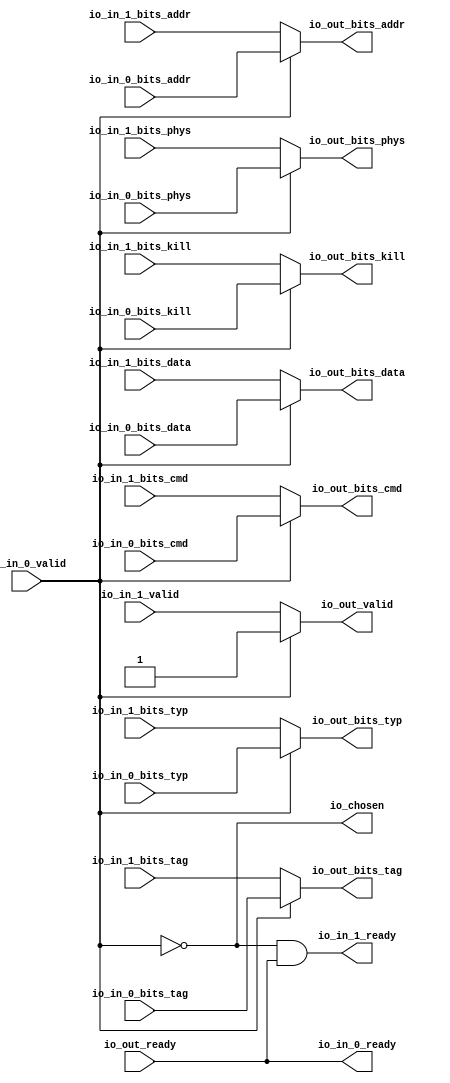
// This program was cloned from: https://github.com/NYU-MLDA/OpenABC
// License: BSD 3-Clause "New" or "Revised" License

module Arbiter_5
(
  io_in_1_ready,
  io_in_1_valid,
  io_in_1_bits_addr,
  io_in_1_bits_tag,
  io_in_1_bits_cmd,
  io_in_1_bits_typ,
  io_in_1_bits_kill,
  io_in_1_bits_phys,
  io_in_1_bits_data,
  io_in_0_ready,
  io_in_0_valid,
  io_in_0_bits_addr,
  io_in_0_bits_tag,
  io_in_0_bits_cmd,
  io_in_0_bits_typ,
  io_in_0_bits_kill,
  io_in_0_bits_phys,
  io_in_0_bits_data,
  io_out_ready,
  io_out_valid,
  io_out_bits_addr,
  io_out_bits_tag,
  io_out_bits_cmd,
  io_out_bits_typ,
  io_out_bits_kill,
  io_out_bits_phys,
  io_out_bits_data,
  io_chosen
);

  input [39:0] io_in_1_bits_addr;
  input [9:0] io_in_1_bits_tag;
  input [4:0] io_in_1_bits_cmd;
  input [2:0] io_in_1_bits_typ;
  input [63:0] io_in_1_bits_data;
  input [39:0] io_in_0_bits_addr;
  input [9:0] io_in_0_bits_tag;
  input [4:0] io_in_0_bits_cmd;
  input [2:0] io_in_0_bits_typ;
  input [63:0] io_in_0_bits_data;
  output [39:0] io_out_bits_addr;
  output [9:0] io_out_bits_tag;
  output [4:0] io_out_bits_cmd;
  output [2:0] io_out_bits_typ;
  output [63:0] io_out_bits_data;
  input io_in_1_valid;
  input io_in_1_bits_kill;
  input io_in_1_bits_phys;
  input io_in_0_valid;
  input io_in_0_bits_kill;
  input io_in_0_bits_phys;
  input io_out_ready;
  output io_in_1_ready;
  output io_in_0_ready;
  output io_out_valid;
  output io_out_bits_kill;
  output io_out_bits_phys;
  output io_chosen;
  wire [39:0] io_out_bits_addr;
  wire [9:0] io_out_bits_tag;
  wire [4:0] io_out_bits_cmd;
  wire [2:0] io_out_bits_typ;
  wire [63:0] io_out_bits_data;
  wire io_in_1_ready,io_in_0_ready,io_out_valid,io_out_bits_kill,io_out_bits_phys,
  io_chosen,N0,N1,io_out_ready,T10;
  assign io_in_0_ready = io_out_ready;
  assign io_chosen = ~io_in_0_valid;
  assign io_out_bits_data = (N0)? io_in_1_bits_data : 
                            (N1)? io_in_0_bits_data : 1'b0;
  assign N0 = io_chosen;
  assign N1 = io_in_0_valid;
  assign io_out_bits_phys = (N0)? io_in_1_bits_phys : 
                            (N1)? io_in_0_bits_phys : 1'b0;
  assign io_out_bits_kill = (N0)? io_in_1_bits_kill : 
                            (N1)? io_in_0_bits_kill : 1'b0;
  assign io_out_bits_typ = (N0)? io_in_1_bits_typ : 
                           (N1)? io_in_0_bits_typ : 1'b0;
  assign io_out_bits_cmd = (N0)? io_in_1_bits_cmd : 
                           (N1)? io_in_0_bits_cmd : 1'b0;
  assign io_out_bits_tag = (N0)? io_in_1_bits_tag : 
                           (N1)? io_in_0_bits_tag : 1'b0;
  assign io_out_bits_addr = (N0)? io_in_1_bits_addr : 
                            (N1)? io_in_0_bits_addr : 1'b0;
  assign io_out_valid = (N0)? io_in_1_valid : 
                        (N1)? io_in_0_valid : 1'b0;
  assign io_in_1_ready = T10 & io_out_ready;
  assign T10 = ~io_in_0_valid;

endmodule